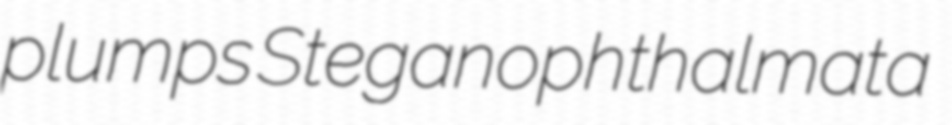
plumps Steganophthalmata